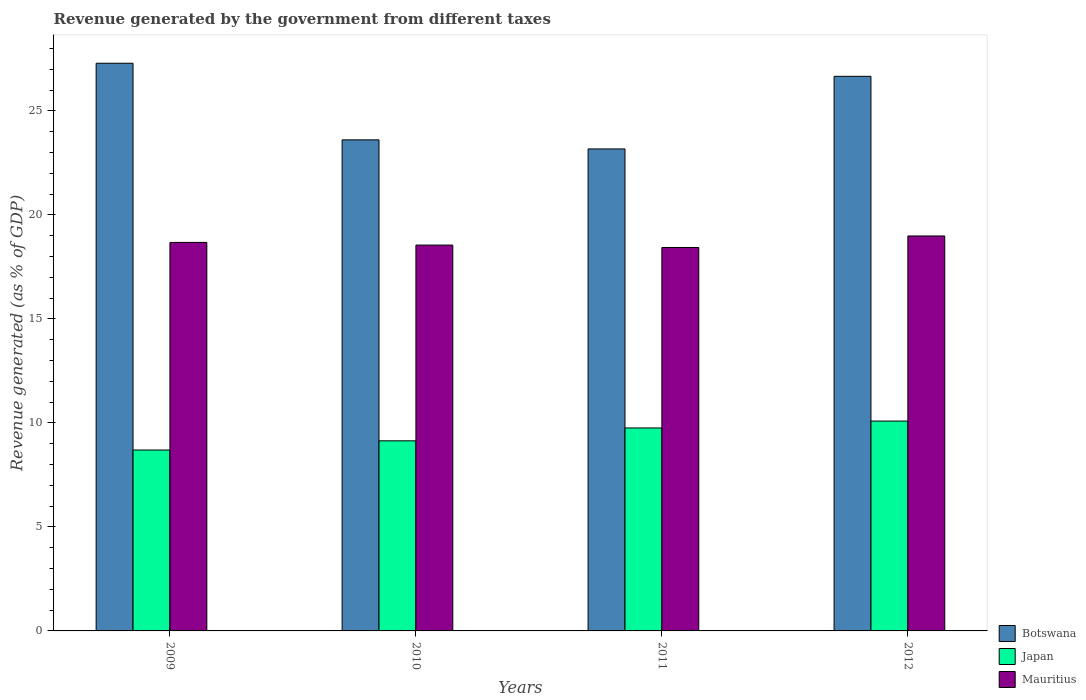
| Years | Botswana | Japan | Mauritius |
 | --- | --- | --- | --- |
 | 2009 | 27.3 | 8.7 | 18.7 |
 | 2010 | 23.6 | 9.14 | 18.5 |
 | 2011 | 23.2 | 9.76 | 18.4 |
 | 2012 | 26.7 | 10.1 | 19 |